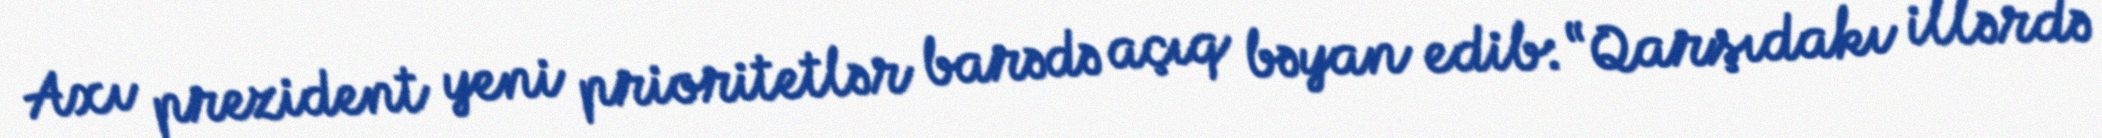
Axı prezident yeni prioritetlər barədə açıq bəyan edib: “Qarşıdakı illərdə